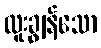
ထူးချွန်သော